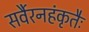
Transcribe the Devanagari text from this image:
सर्वैरनहंकृतैः